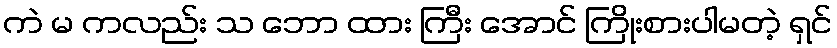
ကဲ မ ကလည်း သ ဘော ထား ကြီး အောင် ကြိုးစားပါမတဲ့ ရှင်